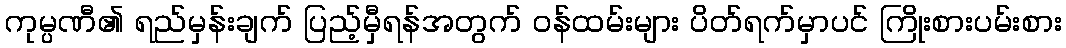
ကုမ္ပဏီ၏ ရည်မှန်းချက် ပြည့်မှီရန်အတွက် ဝန်ထမ်းများ ပိတ်ရက်မှာပင် ကြိုးစားပမ်းစား